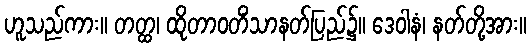
ဟူသည်ကား။ တတ္ထ၊ ထိုတာဝတိံသာနတ်ပြည်၌။ ဒေဝါနံ၊ နတ်တို့အား။